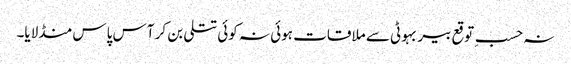
نہ حسبِ توقع بیر بہوٹی سے ملاقات ہوئی نہ کوئی تتلی بن کر آس پاس منڈلایا۔